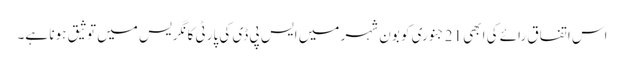
اس اتفاق رائے کی ابھی 21 جنوری کو بون شہر میں ایس پی ڈی کی پارٹی کانگریس میں توثیق ہونا ہے۔